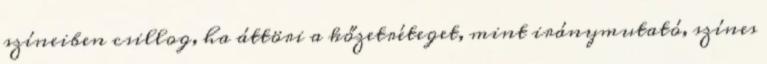
színeiben csillog, ha áttöri a kőzetréteget, mint iránymutató, színes